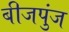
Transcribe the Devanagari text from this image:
बीजपुंज